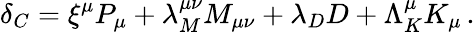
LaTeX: \delta_{C}=\xi^{\mu}P_{\mu}+\lambda_{M}^{\mu\nu}M_{\mu\nu}+\lambda_{D}D+\Lambda_{K}^{\mu}K_{\mu}\, .